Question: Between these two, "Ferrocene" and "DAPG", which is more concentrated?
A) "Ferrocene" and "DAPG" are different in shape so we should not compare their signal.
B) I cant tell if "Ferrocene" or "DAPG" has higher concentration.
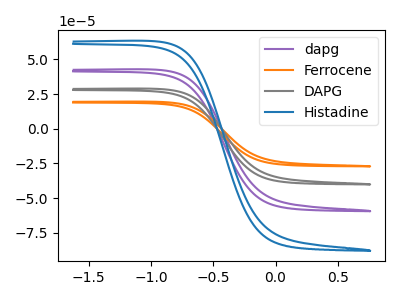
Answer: <think>The purple curve "dapg" has no peaks. The orange curve "Ferrocene" has no peaks. The gray curve "DAPG" has no peaks. The blue curve "Histadine" has no peaks.
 Neither "Ferrocene" or "DAPG" have any peaks.</think>
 <answer>B) I cant tell if "Ferrocene" or "DAPG" has higher concentration.</answer>
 <eval>B</eval>